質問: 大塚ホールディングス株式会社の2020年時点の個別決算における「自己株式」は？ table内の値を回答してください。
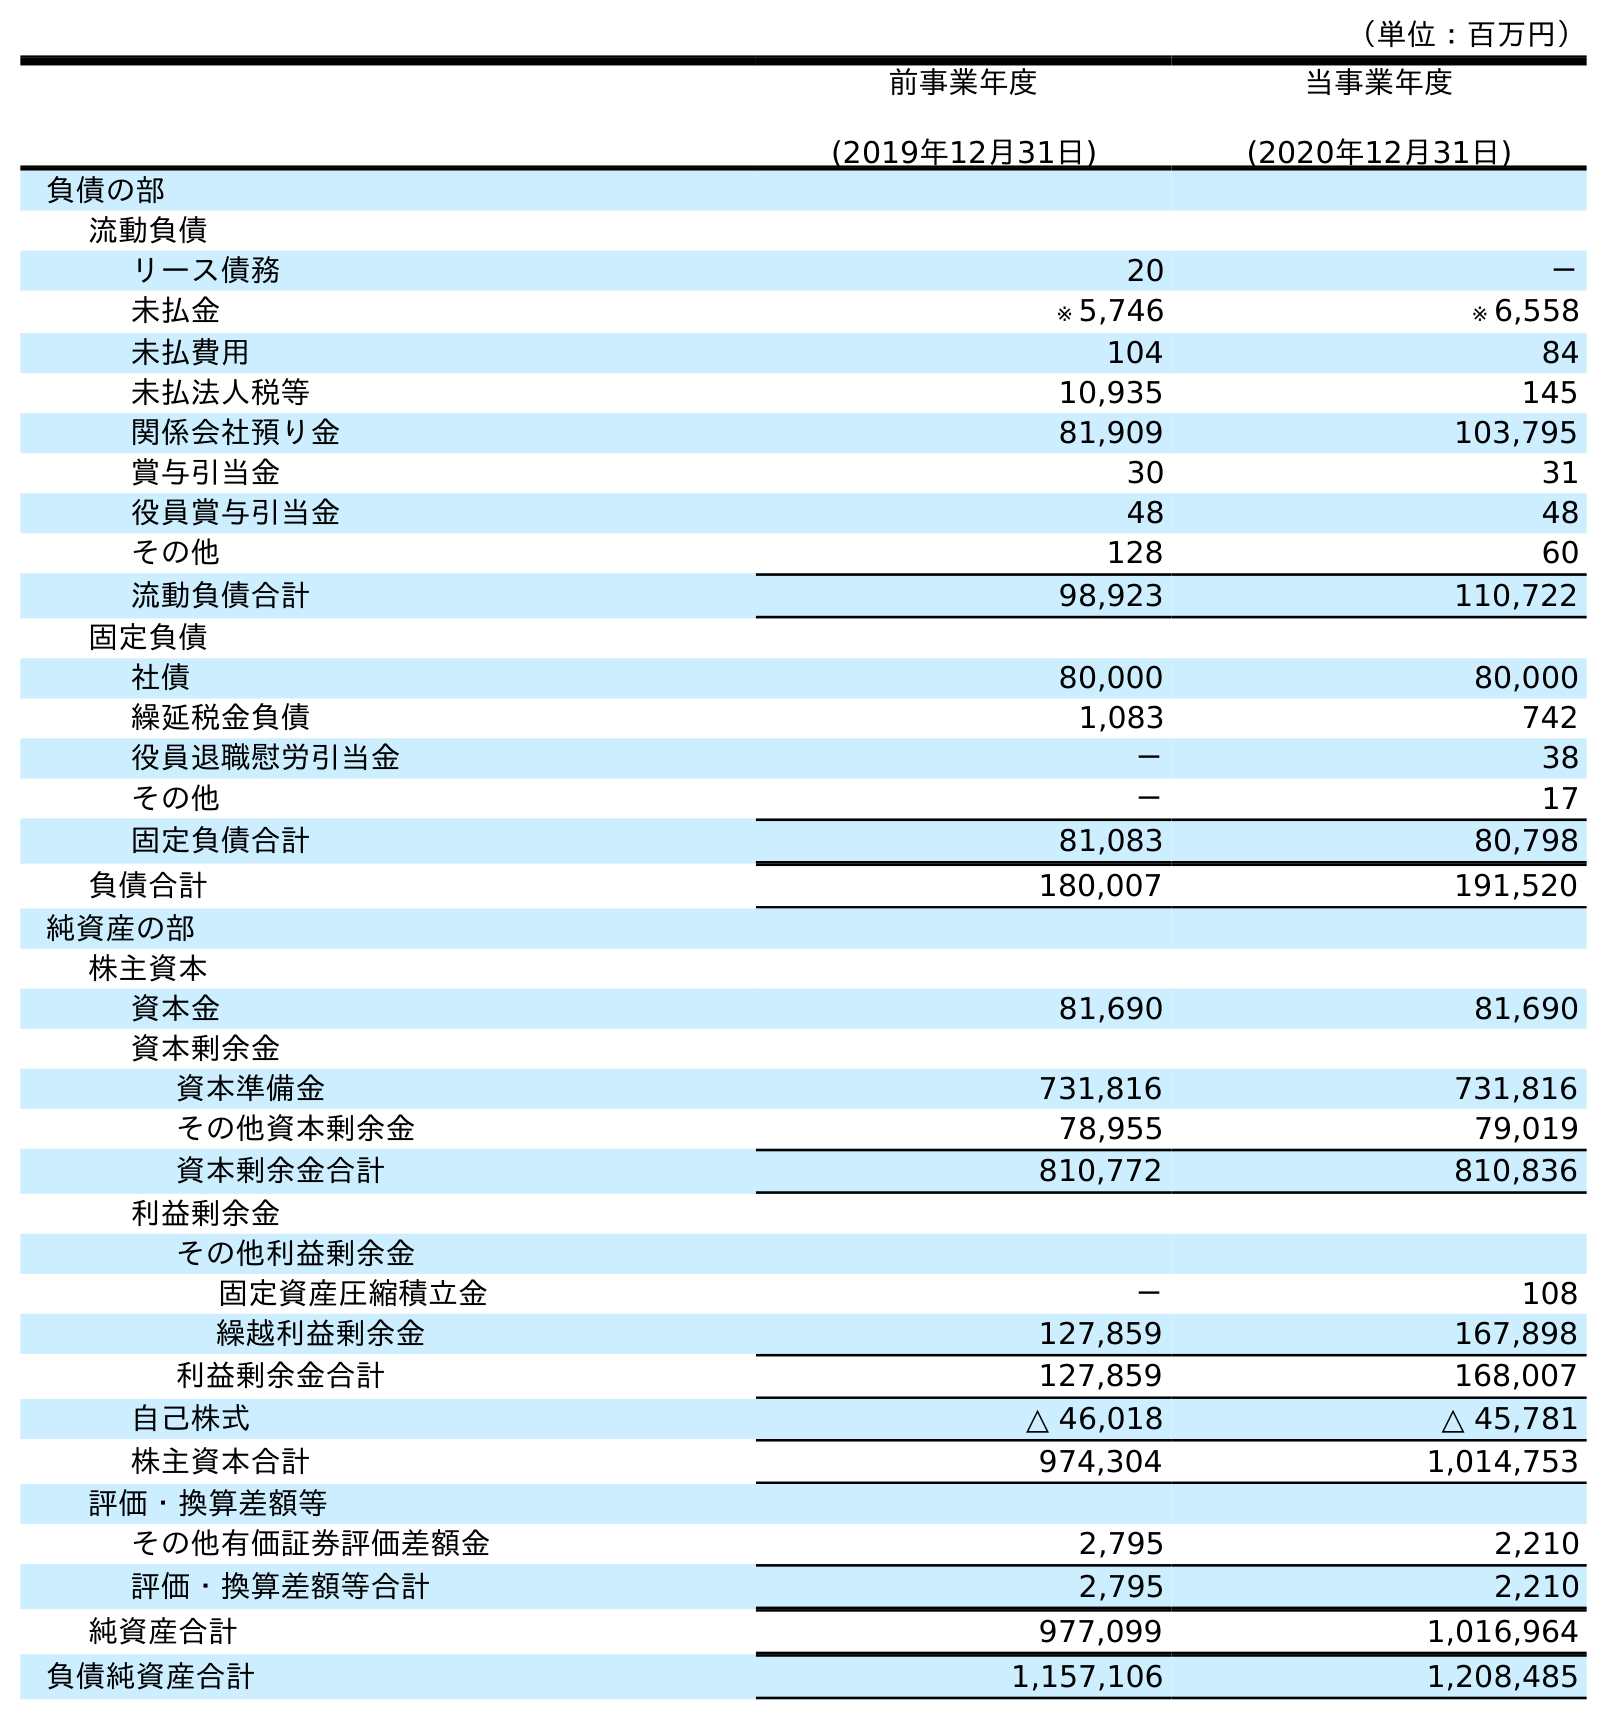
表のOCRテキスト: （単位：百万円） 前事業年度 (2019年12月31日) 当事業年度 (2020年12月31日) 負債の部 流動負債 リース債務 20 － 未払金 ※ 5,746 ※ 6,558 未払費用 104 84 未払法人税等 10,935 145 関係会社預り金 81,909 103,795 賞与引当金 30 31 役員賞与引当金 48 48 その他 128 60 流動負債合計 98,923 110,722 固定負債 社債 80,000 80,000 繰延税金負債 1,083 742 役員退職慰労引当金 － 38 その他 － 17 固定負債合計 81,083 80,798 負債合計 180,007 191,520 純資産の部 株主資本 資本金 81,690 81,690 資本剰余金 資本準備金 731,816 731,816 その他資本剰余金 78,955 79,019 資本剰余金合計 810,772 810,836 利益剰余金 その他利益剰余金 固定資産圧縮積立金 － 108 繰越利益剰余金 127,859 167,898 利益剰余金合計 127,859 168,007 自己株式 △ 46,018 △ 45,781 株主資本合計 974,304 1,014,753 評価・換算差額等 その他有価証券評価差額金 2,795 2,210 評価・換算差額等合計 2,795 2,210 純資産合計 977,099 1,016,964 負債純資産合計 1,157,106 1,208,485
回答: △45,781